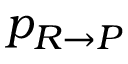
p _ { R \rightarrow P }